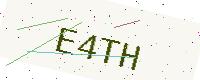
Text: E4TH